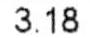
3.18